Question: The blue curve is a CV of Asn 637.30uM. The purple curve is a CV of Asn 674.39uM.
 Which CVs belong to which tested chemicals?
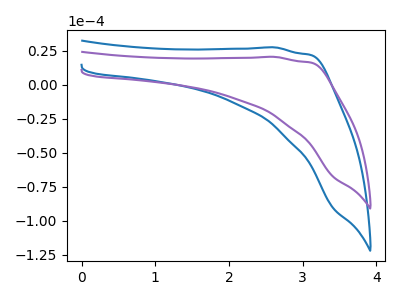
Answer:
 <answer>The blue curve is labeled "Asn 637.30uM". The purple curve is labeled "Asn 674.39uM".</answer>
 <eval></eval>